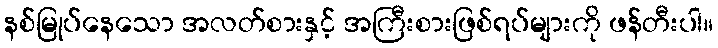
နစ်မြုပ်နေသော အလတ်စားနှင့် အကြီးစားဖြစ်ရပ်များကို ဖန်တီးပါ။